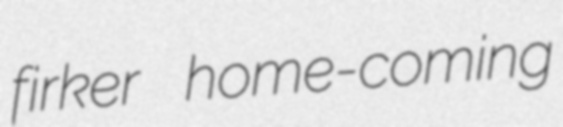
firker home-coming